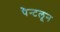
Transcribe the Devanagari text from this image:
पैन्टलून